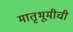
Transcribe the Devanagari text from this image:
मातृभूमीची